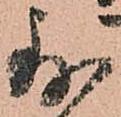
別